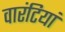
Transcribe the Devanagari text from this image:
वारंटियां